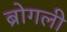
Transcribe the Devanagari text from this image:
ब्रोगली